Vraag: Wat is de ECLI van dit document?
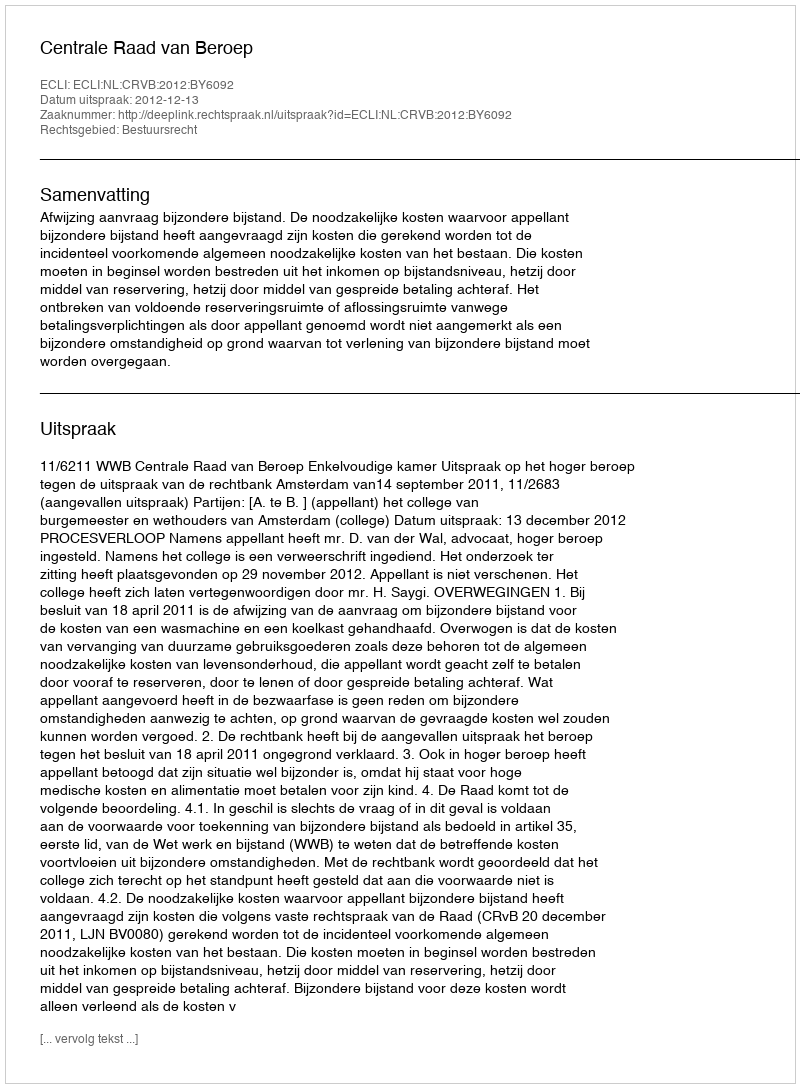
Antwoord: ECLI:NL:CRVB:2012:BY6092